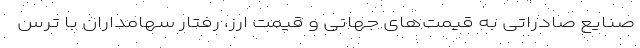
صنایع صادراتی به قیمت‌های جهانی و قیمت ارز، رفتار سهامداران با ترس